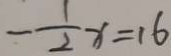
- \frac { 1 } { 2 } x = 1 6